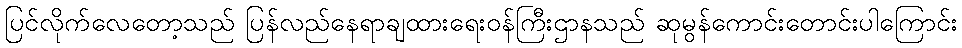
ပြင်လိုက်လေတော့သည် ပြန်လည်နေရာချထားရေးဝန်ကြီးဌာနသည် ဆုမွန်ကောင်းတောင်းပါကြောင်း